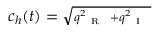
c _ { h } ( t ) = \sqrt { \scriptstyle { q _ { \mathrm { ~ { ~ R ~ } ~ } } ^ { 2 } + q _ { \mathrm { ~ { ~ I ~ } ~ } } ^ { 2 } } }